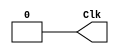
`timescale 1ns/1ns

module Clock_Counter(Clk);

output reg Clk;

initial begin
	Clk = 1'b0;
end

always begin
	#200 Clk = 1'b1;
	#100 Clk = 1'b0;
end
endmodule